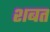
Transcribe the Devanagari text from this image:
शबत